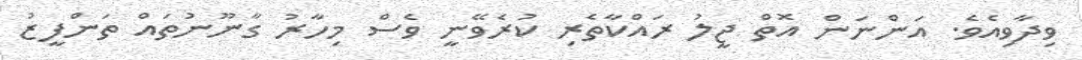
ވިދާވިއެވެ. އަންނަން އޮތް ޖީލު ރައްކާތެރި ކުރެވޭނީ ވެސް މިހާރު ގާނޫނުތައް ތަންފީޒު